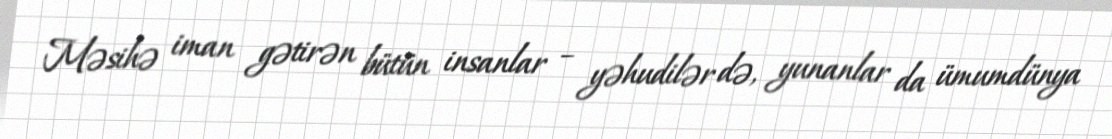
Məsihə iman gətirən bütün insanlar – yəhudilər də, yunanlar da ümumdünya